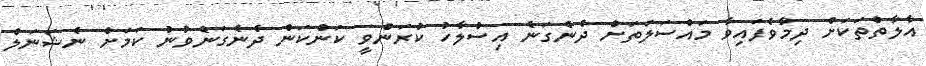
އާލާތްތަކަށް ދިމާވެފައިވާ މައްސަލަތަށް ދެނެގަނެ އިސްލާހު ކުރަންވީ ކަންކަން ދެނެގަނެވުނު ކަަމަށް ނެޝަނަލް